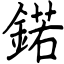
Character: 鍩